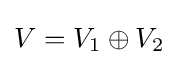
V=V_{1}\oplus V_{2}